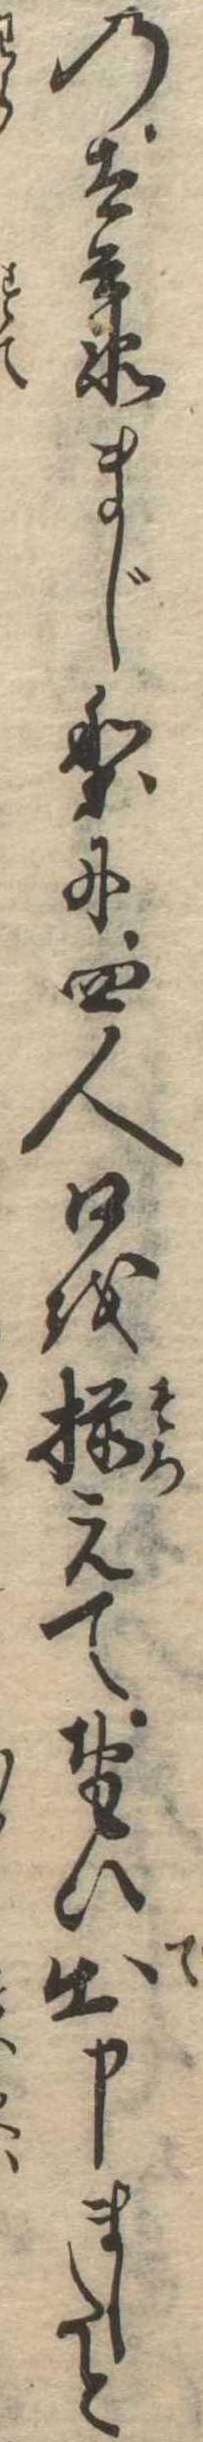
の太兵衛まじりに四人口を揃えておもひ出申ましたと